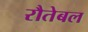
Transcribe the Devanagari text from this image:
रौतेबल